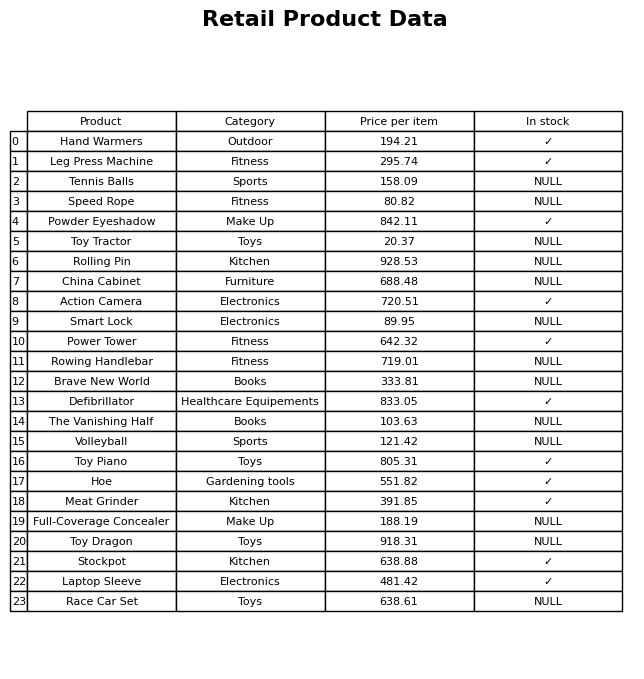
question: What is the price of the Power Tower?
answer: The price of Power Tower is 642.32.